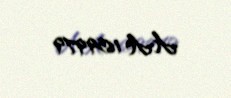
AA 1659979